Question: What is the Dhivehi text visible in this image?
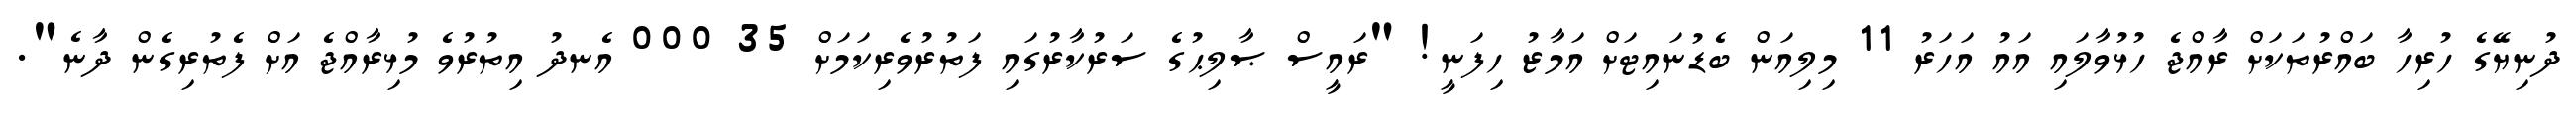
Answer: ދުނިޔޭގެ ހުރިހާ ބައްރުތަކަށް ރާއްޖެ ހުޅުވާލައި އައު އަހަރު 11 މިލިއަން ބެޑުނައިޓަށް އަމާޒު ހިފަނީ! "ރައީސް ޞާލިޙުގެ ސަރުކާރުގައި ފަތުރުވެރިކަމަށް 35 000 އެނދު އިތުރުވެ މުޅިރާއްޖެ އަށް ފެތުރިގެން ދާނެ".